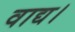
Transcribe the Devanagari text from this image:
वाद्य।